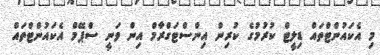
މި އެކައުންޓްތައް ޑިލީޓް ކުރުމުގެ ކުރިން އިންސްޓަގްރާމް އިން ވަނީ ސްޕޭމް އެކައުންޓްތައް